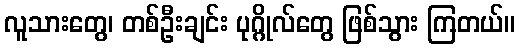
လူသားတွေ၊ တစ်ဦးချင်း ပုဂ္ဂိုလ်တွေ ဖြစ်သွား ကြတယ်။